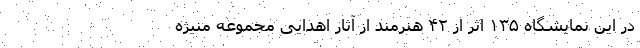
در این نمایشگاه ۱۳۵ اثر از ۴۲ هنرمند از آثار اهدایی مجموعه منیژه